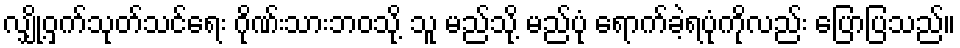
လျှို့ဝှက်သုတ်သင်ရေး ဂိုဏ်းသားဘဝသို့ သူ မည်သို့ မည်ပုံ ရောက်ခဲ့ရပုံကိုလည်း ပြောပြသည်။